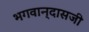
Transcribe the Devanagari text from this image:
भगवान्‌दासजी